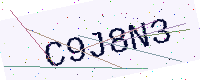
Text: C9J8N3